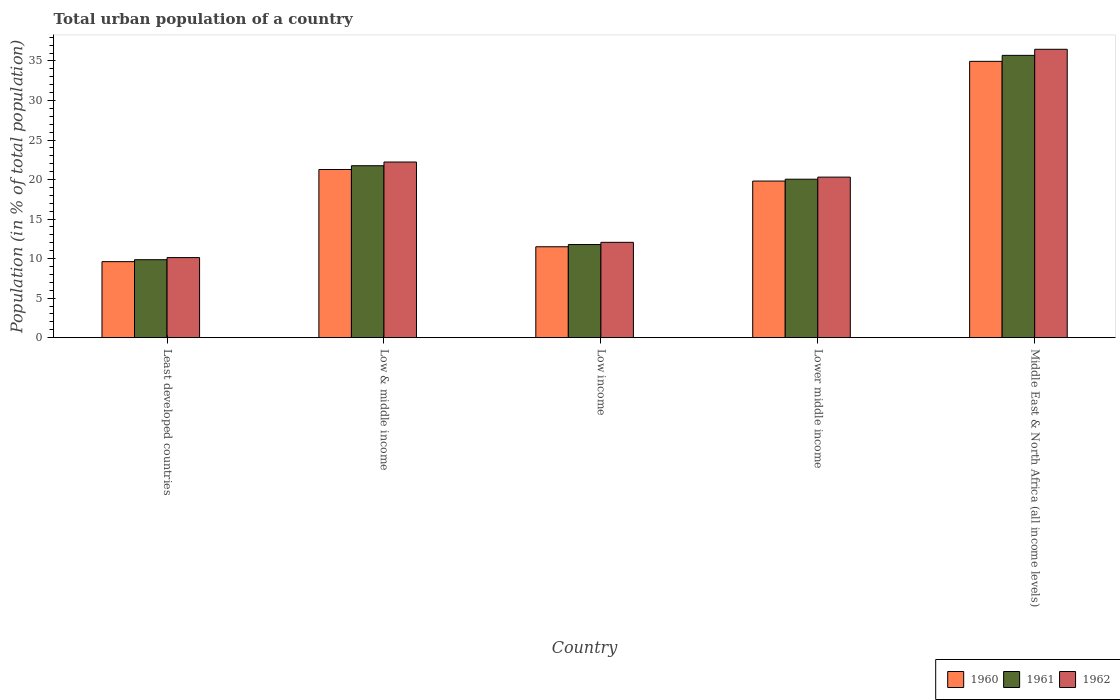
| Country | 1960 | 1961 | 1962 |
 | --- | --- | --- | --- |
 | Least developed countries | 9.62 | 9.86 | 10.1 |
 | Low & middle income | 21.3 | 21.7 | 22.2 |
 | Low income | 11.5 | 11.8 | 12.1 |
 | Lower middle income | 19.8 | 20 | 20.3 |
 | Middle East & North Africa (all income levels) | 35 | 35.7 | 36.5 |